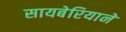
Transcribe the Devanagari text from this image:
सायबेरियाने